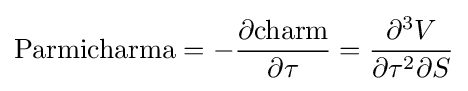
{\text{Parmicharma}}=-{\frac {\partial {\text{charm}}}{\partial \tau }}={\frac {\partial ^{3}V}{\partial \tau ^{2}\partial S}}